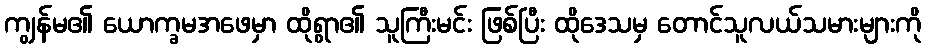
ကျွန်မ၏ ယောက္ခမအဖေမှာ ထိုရွာ၏ သူကြီးမင်း ဖြစ်ပြီး ထိုဒေသမှ တောင်သူလယ်သမားများကို